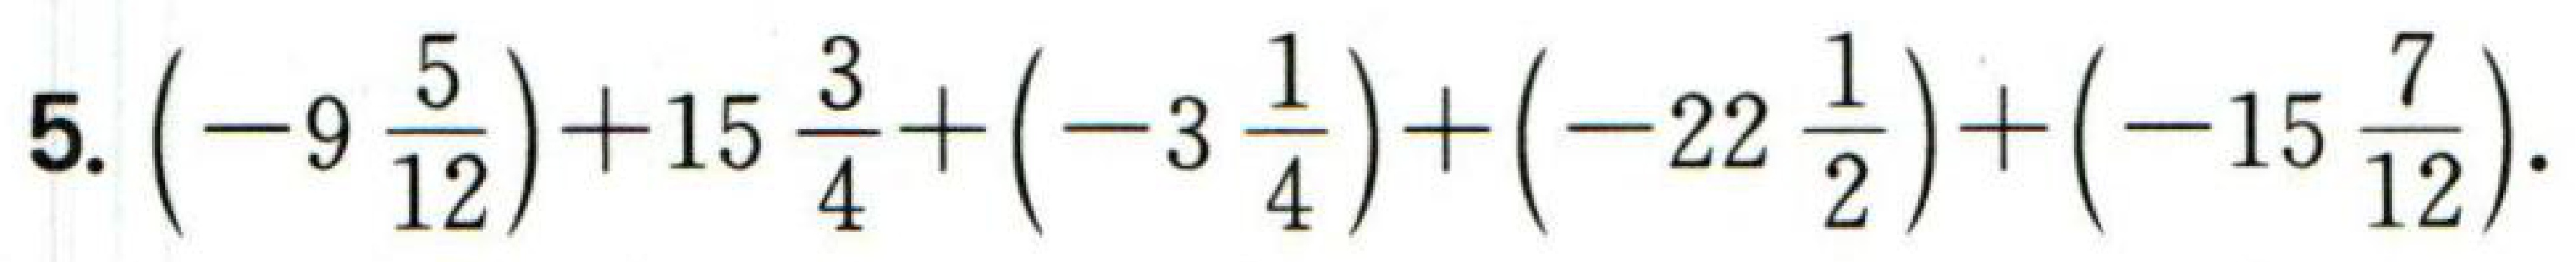
5.\(\left(-9\frac{5}{12}\right)+15\frac{3}{4}+\left(-3\frac{1}{4}\right)+\left(-22\frac{1}{2}\right)+\left(-15\frac{7}{12}\right)\).